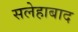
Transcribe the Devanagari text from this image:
सलेहाबाद